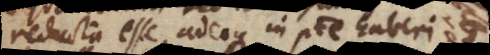
reducta esse, adeoque in potestate haberi.